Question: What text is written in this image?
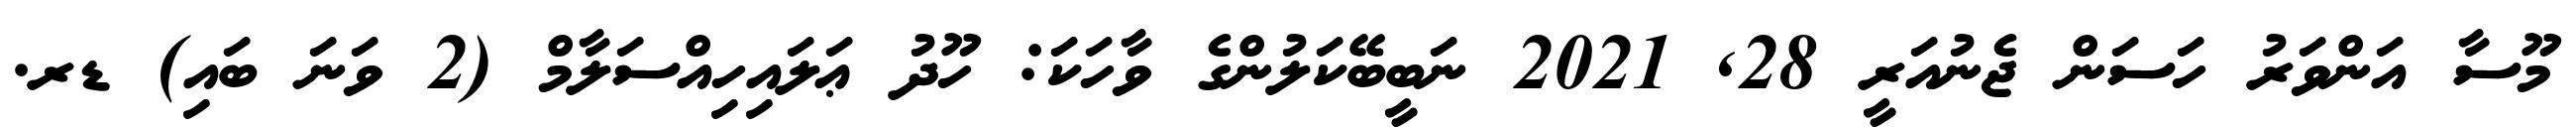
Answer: މޫސާ އަންވަރު ހަސަން ޖެނުއަރީ 28, 2021 ނަބީބޭކަލުންގެ ވާހަކަ: ހޫދު ޢަލައިހިއްސަލާމް (2 ވަނަ ބައި) ޑރ.